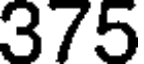
375